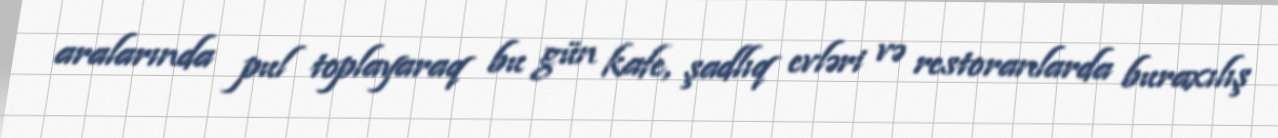
aralarında pul toplayaraq bu gün kafe, şadlıq evləri və restoranlarda buraxılış